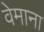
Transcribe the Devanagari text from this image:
वेमाना